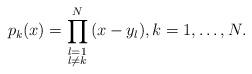
LaTeX: \begin{align*}p_k (x)= \prod_{\substack{l = 1\\l \neq k}}^N\,(x-y_l),k=1,\ldots,N.\end{align*}